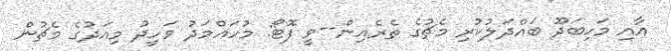
އާއި މަހިބަދޫ ބައްދަލުކުރި މެޗުގެ ތެރެއިން--ވީ ފޮޓޯ: މުހައްމަދު ވަހީދު މިއަދުގެ މެޗުން